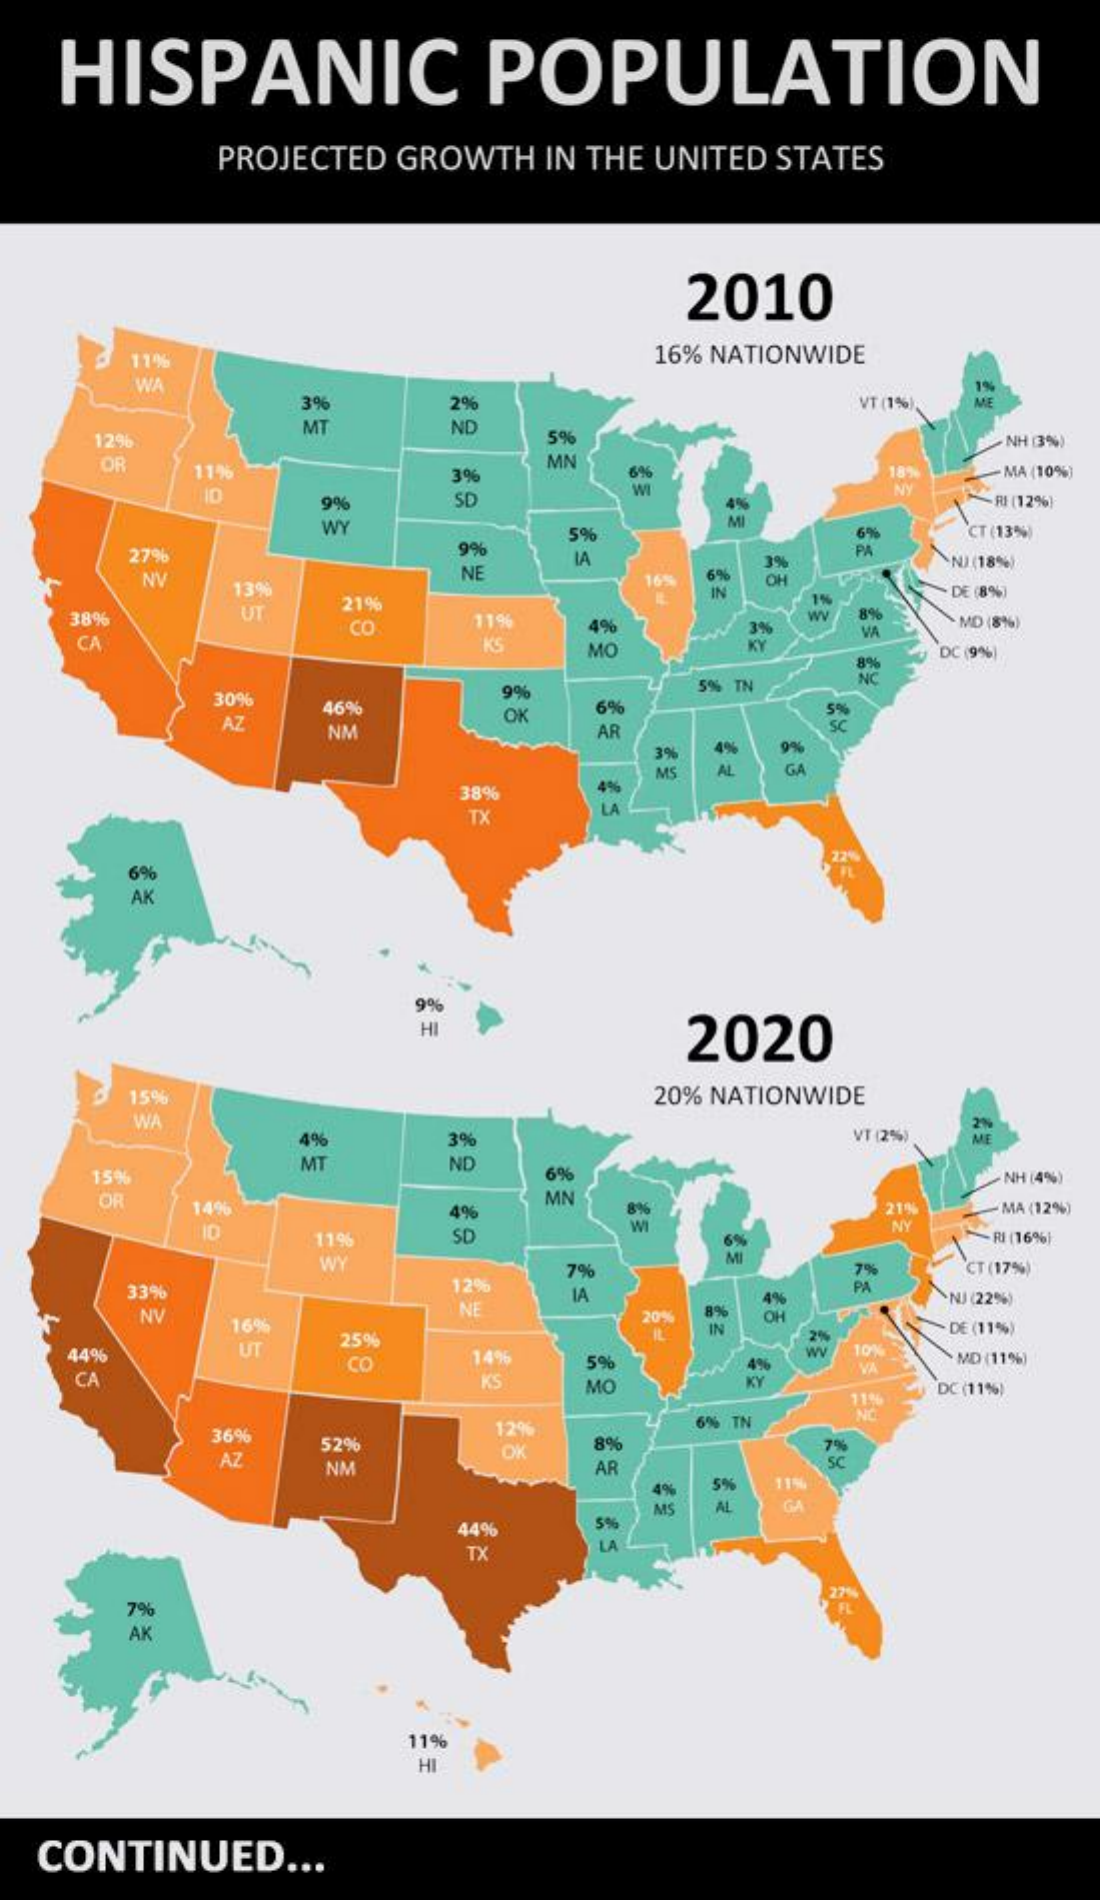
HISPANIC    POPULATION
     PROJECTED GROWTH IN THE UNITED STATES
     2010
     11%    16% NATIONWIDE
     WA
     3%    2%    VT (1%)
     1%
     ME
     12%
     MT    ND
     5%    NH 33%)
     OR   11%    39
     MN
     6%    18%  -MA (10%)
     9%    SD
     NY
     4%    RI (12%)
     WY    MI
     9%
     5%    6%    CT (13%)
     27%    PA
     NV    NE
     IA
     6% 6%
     IN
     OH
     NJ (18%)
     13%
    38%    UT   21%
     DE (8%)
     7%
    CA
     CO    11%   4%
     Wy 8%
     KS
     VA
     MD (8%)
     MC
     3%
     KY
     8%
     DC (9%)
     5% TN
     NC
     30%
     AZ
     46%
     9%
     OK  6%
     NM    AR
     sc
     3% 4% 9%
     MS AL GA
     38%
     TX    LA
     6%
     22%
     AK
     9%
     HI    2020
     15%    20% NATIONWIDE
     WA
     4%    3%    VT (2%)
     2%
     ME
     15%
     MT    ND
     6%
     OR   14%
     MN
     NH (4%)
     10
     4%    8%    21%  MA (12%)
     11%   SD
     WI
     6%
     NY
     FUI (16%)
     WY
     12%
     7%    7%    CT (17%)
     33%
     NV    NE
     IA    PA
     20% 8%
     4%
     IN
     OH
     NJ (22%)
     16%
     25%
     DE (11%)
    44%    UT    14%
     2%
     CO    5%    4%
     Wy 10%
    CA
     VA   MD (11%)
     KS   MO    KY
     11%
     DC (11%)
     36%    12%    6% TN
     NC
     AZ
     52%    OK   8%
     NM    AR
     4% 5% 115%
     MS AL GA
     44%    5%
     TX    LA
     7%
     AK
     11%
     HI
  CONTINUED   ...